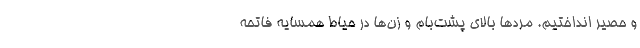
و حصیر انداختیم. مرد‌ها بالای پشت‌بام و زن‌ها در حیاط همسایه فاتحه